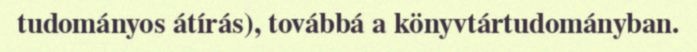
tudományos átírás), továbbá a könyvtártudományban.